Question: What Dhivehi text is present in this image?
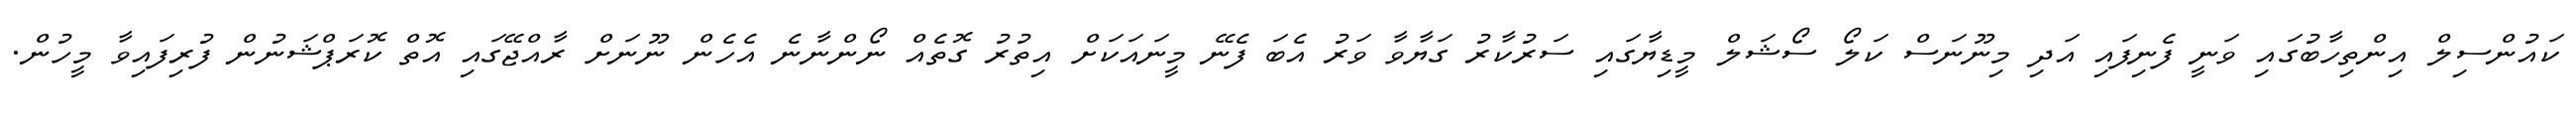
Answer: ކައުންސިލް އިންތިހާބުގައި ވަނީ ފެނިފައި އަދި މިނޫނަސް ކަލޯ ސޯޝަލް މީޑިޔާގައި ސަރުކާރު ގަޔާވާ ވަރު އެބަ ފެނޭ މީނައަކަށް އިތުރު ގޮތެއް ނޯންނާނެ އެހެން ނޫނަށް ރާއްޖޭގައި އޮތް ކޮރަޕްޝަނުން ފުރިފައިވާ މީހުން.